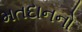
મતદાનનો